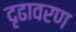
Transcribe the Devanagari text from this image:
दृढावरण